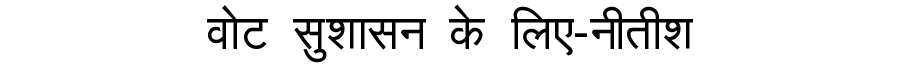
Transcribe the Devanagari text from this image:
वोट सुशासन के लिए-नीतीश